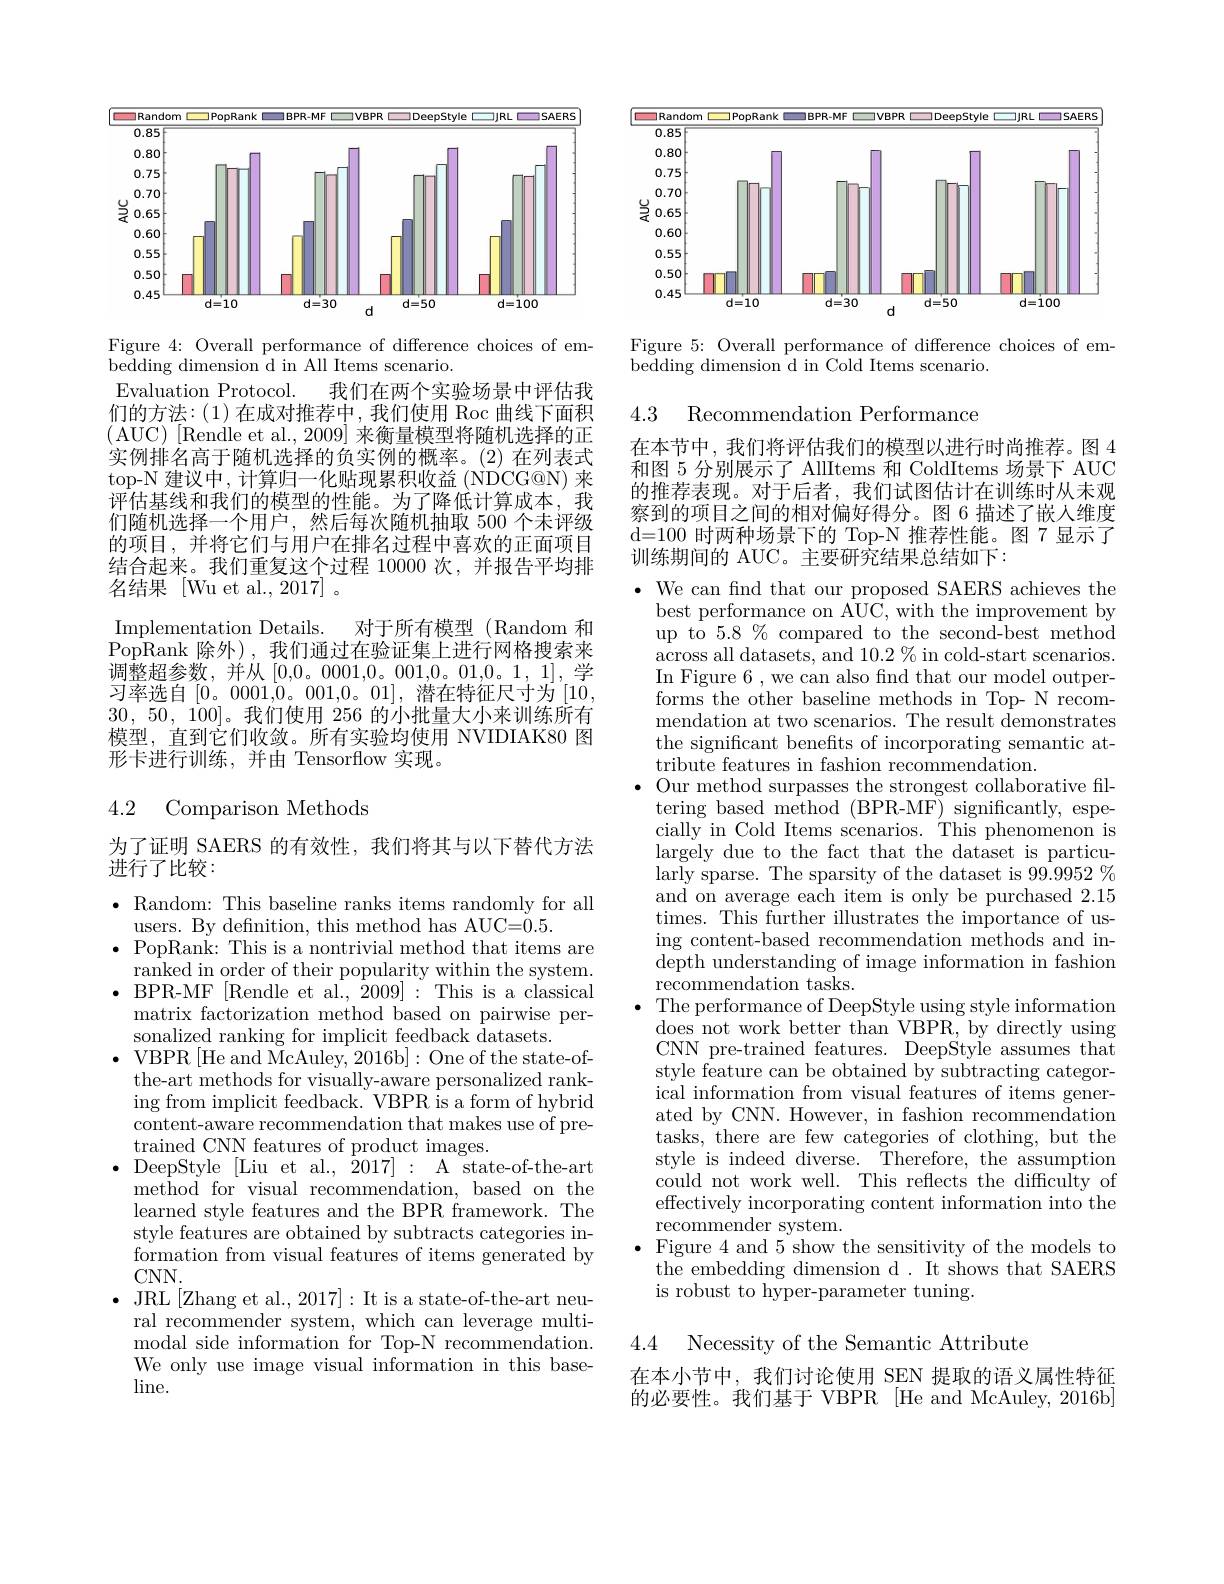
<FigureHere>

Figure 4: Overall performance of difference choices of em-
bedding dimension d in All Items scenario.

Evaluation Protocol.
我们在两个实验场景中评估我
们的方法：(1)在成对推荐中，我们使用 Roc 曲线下面积(AUC)[Rendle et al., 2009]来衡量模型将随机选择的正实例排名高于随机选择的负实例的概率。(2)在列表式top-N 建议中，计算归一化贴现累积收益 (NDCG@N) 来评估基线和我们的模型的性能。为了降低计算成本，我们随机选择一个用户，然后每次随机抽取 500 个未评级的项目，并将它们与用户在排名过程中喜欢的正面项目结合起来。我们重复这个过程 10000 次，并报告平均排名结果[Wu et al., 2017]。
Implementation Details.
对于所有模型(Random 和
$\bar{\mathrm{PopRank}}$除外),我们通过在验证集上进行网格搜索来调整超参数，并从[0,0。0001,0。001,0。01,0。1,1],学习率选自[0。0001,0。001,0。01],潜在特征尺寸为[10, 30,50,100]。我们使用 256 的小批量大小来训练所有模型，直到它们收敛。所有实验均使用 NVIDIAK80 图形卡进行训练，并由 Tensorflow 实现。

## 4.2 Comparison Methods

为了证明 SAERS 的有效性，我们将其与以下替代方法
进行了比较：

$\bullet$ Random: This baseline ranks items randomly for all
users. By definition, this method has AUC=0.5.
$\bullet$ PopRank: This is a nontrivial method that items are ranked in order of their popularity within the system.
$\bullet$BPR-MF[Rendle et al.,2009]:This is a classical
matrix factorization method based on pairwise per-
sonalized ranking for implicit feedback datasets.
$\bullet$ VBPR [He and McAuley, 2016b]: One of the state-of-
the-art methods for visually-aware personalized ranking from implicit feedback. VBPR is a form of hybrid content-aware recommendation that makes use of pretrained CNN features of product images.
$\bullet$DeepStyle[Liu et $al. , 2017] :$As$tate- of- the- art$
method for visual recommendation, based on the learned style features and the BPR framework. The style features are obtained by subtracts categories information from visual features of items generated by $CNN.$
$\bullet$ JRL[Zhang et al., 2017]: It is a state-of-the-art neu-
ral recommender system, which can leverage multimodal side information for Top-N recommendation. We only use image visual information in this base- $\lim$e.

<FigureHere>

Figure 5: Overall performance of difference choices of em-
bedding dimension d in Cold Items scenario

4.3

Recommendation Performance

在本节中，我们将评估我们的模型以进行时尚推荐。图 4和图 5 分别展示了 AllItems 和 ColdItems 场景下 AUC 的推荐表现。对于后者，我们试图估计在训练时从未观察到的项目之间的相对偏好得分。图 6 描述了嵌人维度d=100 时两种场景下的 Top-N 推荐性能。图 7 显示了训练期间的 AUC。主要研究结果总结如下：

We can fnd that our proposed SAERS achieves the best performance on AUC, with the improvement by up to $5.8\%$compared to the second-best method across all datasets, and $10.2\%$ in cold-start scenarios. In Figure 6 , we can also find that our model outperforms the other baseline methods in Top- N recommendation at two scenarios. The result demonstrates the significant benefits of incorporating semantic attribute features in fashion recommendation.
Our method surpasses the strongest collaborative fltering based method (BPR-MF) significantly, especially in Cold Items scenarios. This phenomenon is largely due to the fact that the dataset is particularly sparse. The sparsity of the dataset is 99.9952 % and on average each item is only be purchased 2.15 times. This further illustrates the importance of using content-based recommendation methods and indepth understanding of image information in fashion recommendation tasks.
The performance of DeepStyle using style information does not work better than VBPR, by directly using CNN pre-trained features. DeepStyle assumes that style feature can be obtained by subtracting categorical information from visual features of items generated by CNN. However, in fashion recommendation tasks, there are few categories of clothing, but the style'is indeed diverse. Therefore, the assumption could not work well. This reflects the difficulty of effectively incorporating content information into the recommender system.
$\bullet$ Figure 4 and 5 show the sensitivity of the models to the embedding dimension d. It shows that SAERS is robust to hyper-parameter tuning.

4.4 Necessity of the Semantic Attribute

在本小节中，我们讨论使用 SEN 提取的语义属性特征的必要性。我们基于 VBPR [He and McAuley, 2016b]